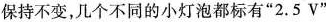
R保持不变，几个不同的小灯泡都标有”2.5V”